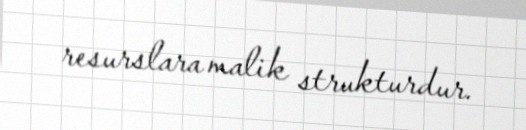
resurslara malik strukturdur.